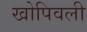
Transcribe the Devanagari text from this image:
खोपिवली